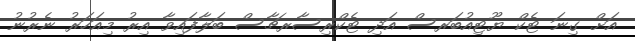
އަށް ގިނަ ޓެކް ޔޫޓިއުބަރސް އަދި ޓެކްރިސާރޗާސް ބަލާފައިވާ އިރު މިއަހަރު ނެރުނު